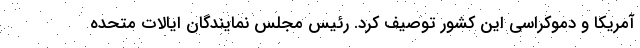
آمریکا و دموکراسی این کشور توصیف کرد. رئیس مجلس نمایندگان ایالات متحده